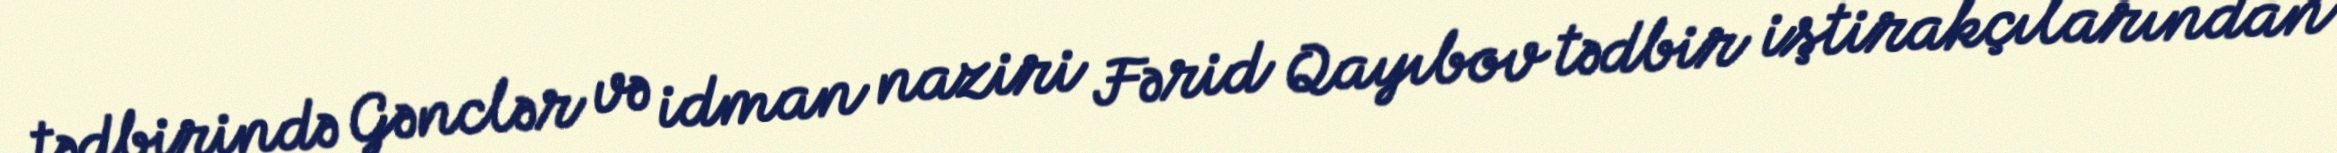
tədbirində Gənclər və idman naziri Fərid Qayıbov tədbir iştirakçılarından